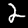
Digit: 2